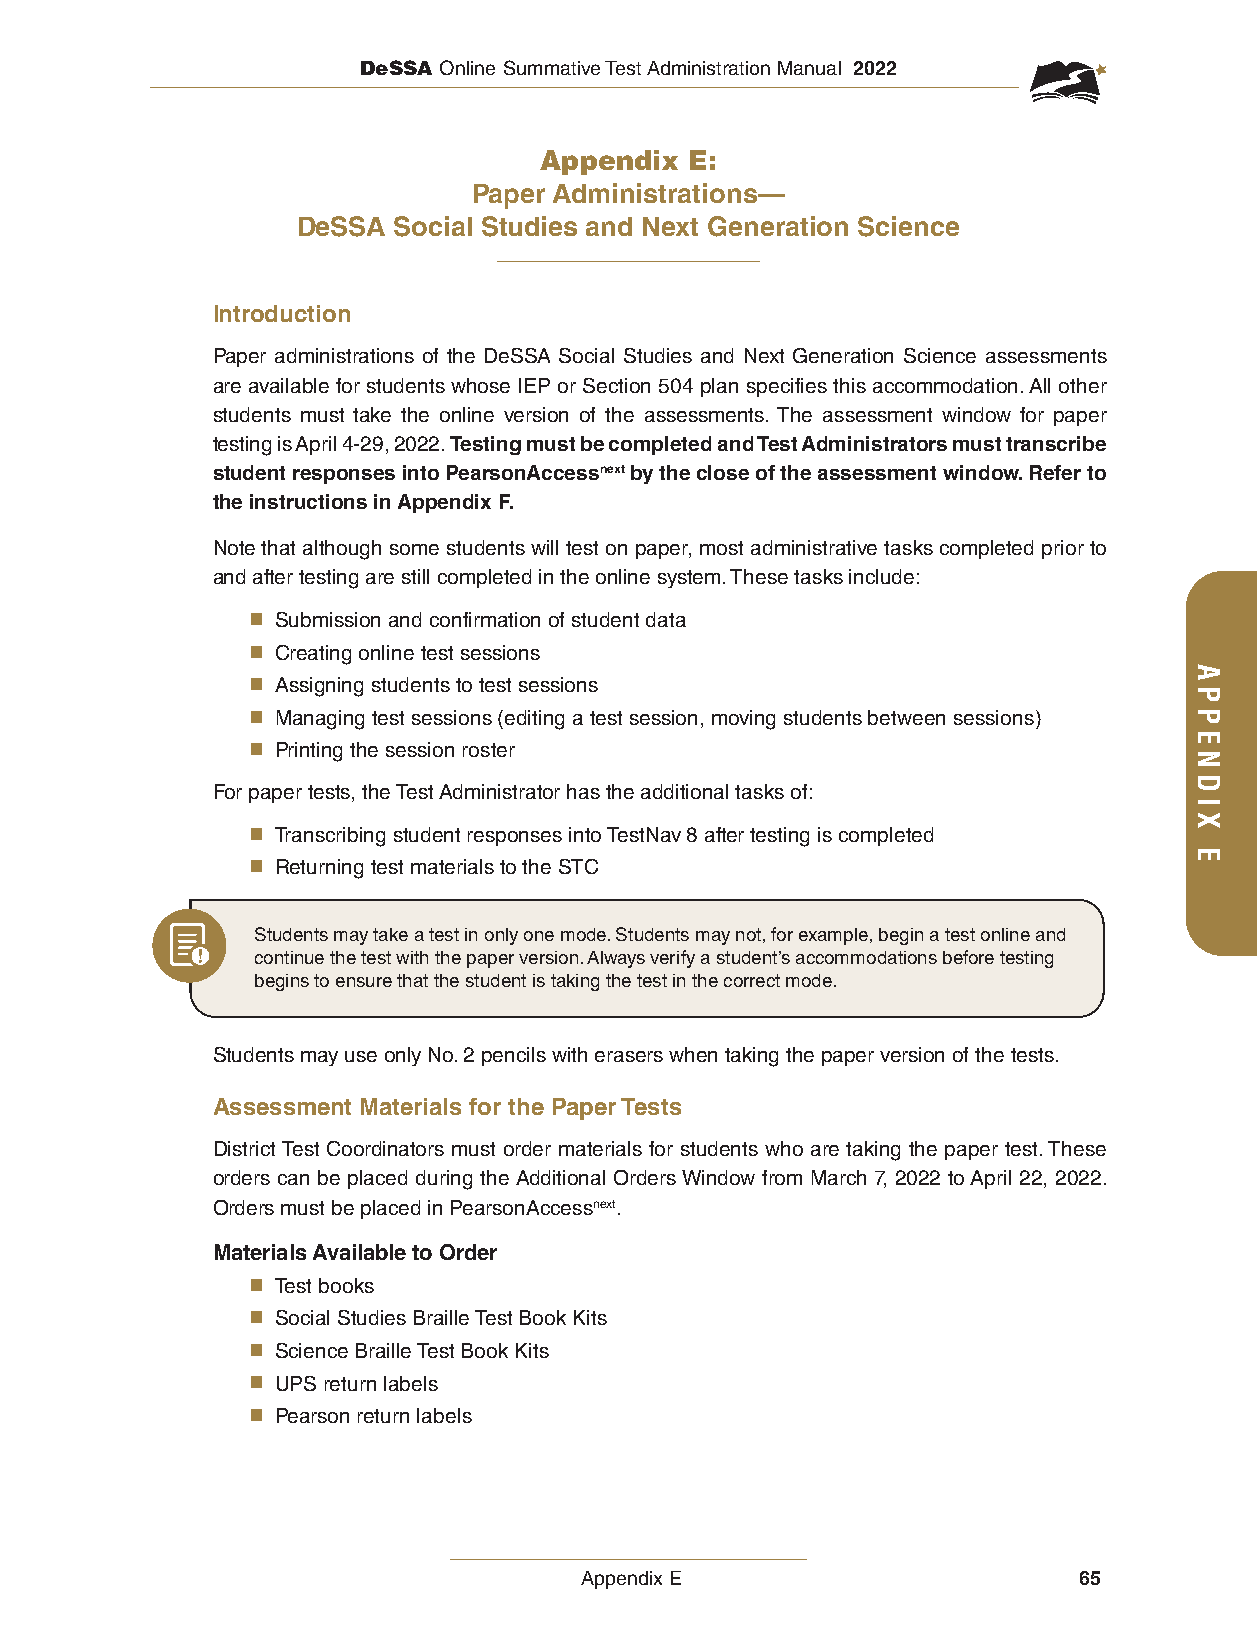
DeSSA Online Summative Test Administration Manual 2022
 Appendix  E:
 Paper Administrations—
 DeSSA Social Studies and Next Generation Science
 Introduction
 Paper administrations of the DeSSA Social Studies and Next Generation Science assessments
 are available for students whose IEP or Section 504 plan specifies this accommodation. All other
 students must take the online version of the assessments. The assessment window for paper
 testing is April 4-29, 2022. Testing must be completed and Test Administrators must transcribe
 student responses into PearsonAccessnext by the close of the assessment window. Refer to
 the instructions in Appendix F.
 Note that although some students will test on paper, most administrative tasks completed prior to
 and after testing are still completed in the online system. These tasks include:
 ■ Submission and confirmation of student data
 ■ Creating online test sessions
 ■ Assigning students to test sessions
 ■ Managing test sessions (editing a test session, moving students between sessions)
 ■ Printing the session roster
 For paper tests, the Test Administrator has the additional tasks of:
 ■ Transcribing student responses into TestNav 8 after testing is completed
 ■ Returning test materials to the STC
 Students may take a test in only one mode. Students may not, for example, begin a test online and
 continue the test with the paper version. Always verify a student’s accommodations before testing
 begins to ensure that the student is taking the test in the correct mode.
 Students may use only No. 2 pencils with erasers when taking the paper version of the tests.
 Assessment Materials for the Paper Tests
 District Test Coordinators must order materials for students who are taking the paper test. These
 orders can be placed during the Additional Orders Window from March 7, 2022 to April 22, 2022.
 Orders must be placed in PearsonAccessnext.
 Materials Available to Order
 ■ Test books
 ■ Social Studies Braille Test Book Kits
 ■ Science Braille Test Book Kits
 ■ UPS return labels
 ■ Pearson return labels
 Appendix E                       65
 APPENDIX
 E